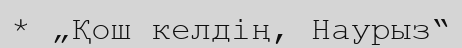
* „Қош келдің, Наурыз“